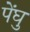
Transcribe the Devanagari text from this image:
पेंघु